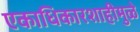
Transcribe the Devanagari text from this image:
एकाधिकारशाहीमुळे